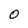
Character: 0